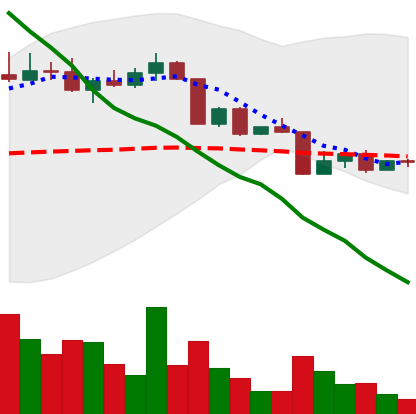
Ticker: ADA-USD
Chart end date: 2022-04-16
Forward return: -4.426%
Label: down_3_5